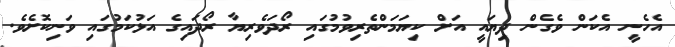
އެހެނީ އެކަން ވެގެން ދިޔައީ އަށް ކިޔަމަންތެރިވުމުގައި ރޯދަވެރިޔާ ރޯދައިގެ އަޅުކަމުގައި ވަނިކޮށެވެ.